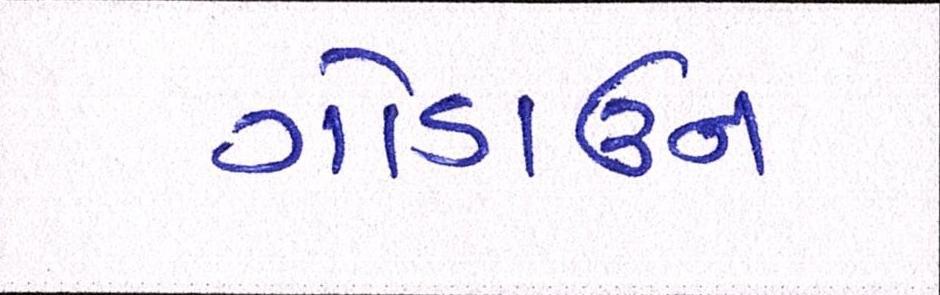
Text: ગોડાઉન